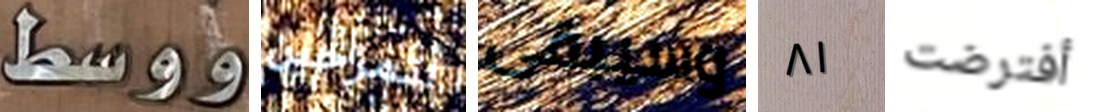
ووسط أتمزحين وسيبقى ٨١ أفترضت